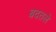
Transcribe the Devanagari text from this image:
बदतले